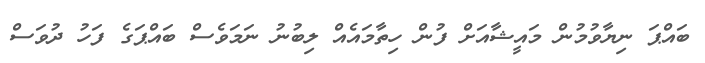
ބައްޕަ ނިޔާވުމުން މައީޝާއަށް ފުން ހިތާމައެއް ލިބުނު ނަމަވެސް ބައްޕަގެ ފަހު ދުވަސް